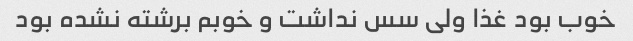
خوب بود غذا ولی سس نداشت و خوبم برشته نشده بود